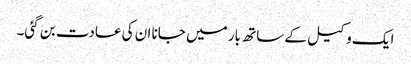
ایک وکیل کے ساتھ بار میں جانا ان کی عادت بن گئی۔